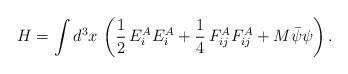
LaTeX: \begin{align*}H=\int d^3x\,\left(\frac{1}{2}\,E_i^AE_i^A+\frac{1}{4}\,F_{ij}^AF_{ij}^A+M\bar{\psi }\psi \right).\end{align*}